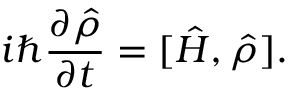
i \hbar \frac { \partial \hat { \rho } } { \partial t } = [ \hat { H } , \hat { \rho } ] .